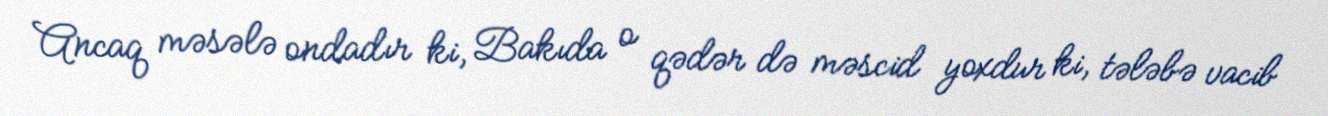
Ancaq məsələ ondadır ki, Bakıda o qədər də məscid yoxdur ki, tələbə vacib